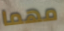
مهما